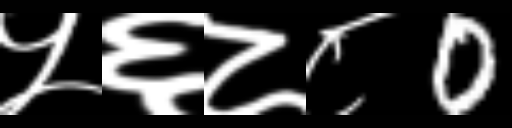
Text: ५६८८0